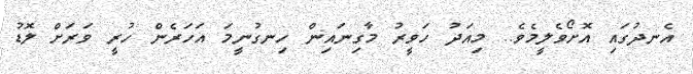
އެނދުގައި އޮށޯވެލީމެވެ.. މިއަދު ހަވީރު މާގިނައިން ހިނގުނީމަ އަހަރެން ހުރީ ވަރަށް ލޮޑު